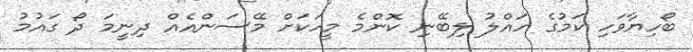
ބޯހިޔާވަހި ކަމުގެ ހައްލު ލިބޭނި ކޮންމެ މީހަކަށް މޭސަންއެއް ދިނީމަ ދޯ ގައުމު